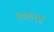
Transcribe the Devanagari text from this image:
हेडक्वार्ट्स